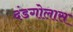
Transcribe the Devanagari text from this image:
दंडगोलास